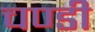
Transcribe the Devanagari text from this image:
चण्‍डी